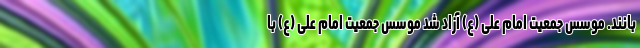
بانند. موسس جمعیت امام علی (ع) آزاد شد موسس جمعیت امام علی (ع) با